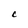
Character: C